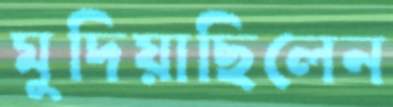
মুদিয়াছিলেন